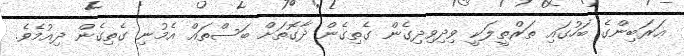
ޢަރަބިންގެ ބަހުގައި ތަރްތީލަކީ ވިދިވިދިގެން ގެތިގެން ދާގޮތަށް ބަސްތައް އެމުނި ގެތިގެން ދިއުމެވެ.